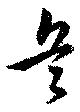
兵